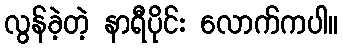
လွန်ခဲ့တဲ့ နာရီပိုင်း လောက်ကပါ။